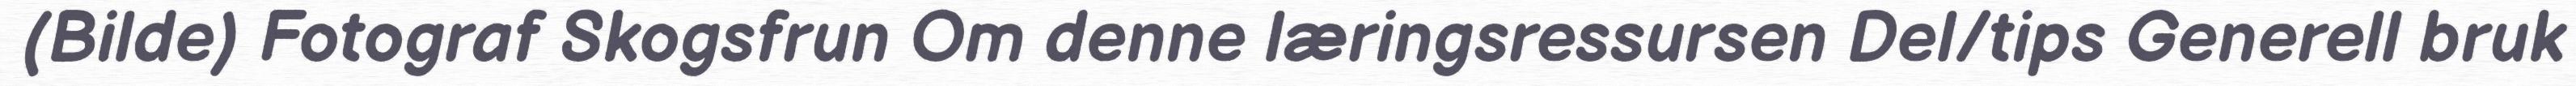
(Bilde) Fotograf Skogsfrun Om denne læringsressursen Del/tips Generell bruk